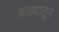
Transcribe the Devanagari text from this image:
वाड्यातून